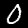
Digit: 0